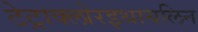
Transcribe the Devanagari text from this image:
टेट्राक्लोरइथायलिन